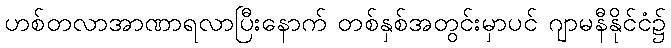
ဟစ်တလာအာဏာရလာပြီးနောက် တစ်နှစ်အတွင်းမှာပင် ဂျာမနီနိုင်ငံ၌